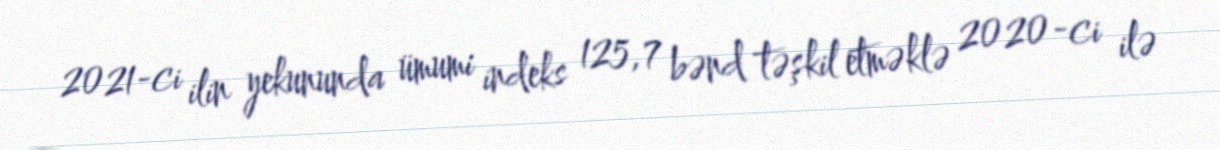
2021-ci ilin yekununda ümumi indeks 125,7 bənd təşkil etməklə 2020-ci ilə